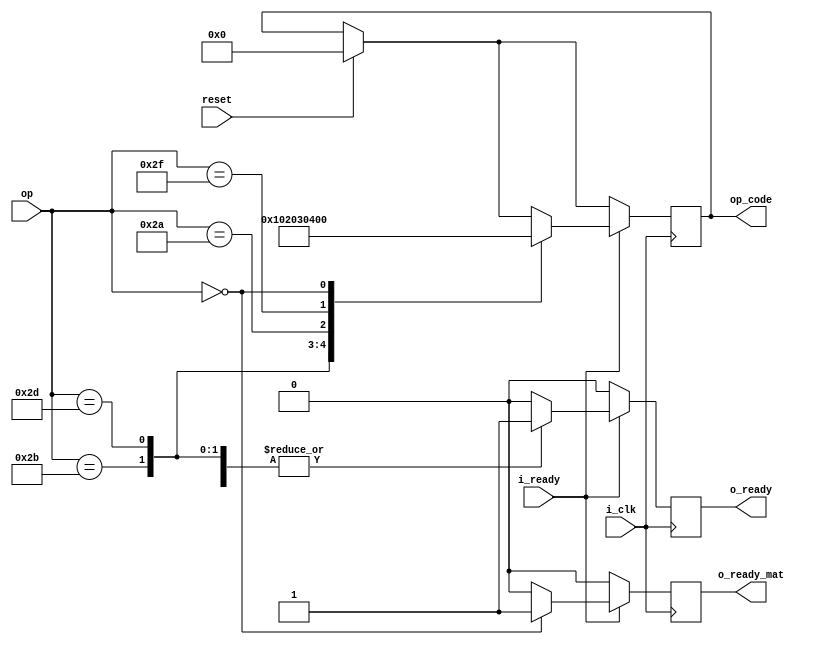
module COMPORATOR

#(parameter plus = 	8'b00101011,
parameter minus = 	8'b00101101,
parameter multiply = 8'b00101010,
parameter divide = 	8'b00101111,

parameter mat_plus = 	8'b00000000,
parameter mat_minus = 	8'b00000000,
parameter mat_cross = 	8'b00000000,
parameter mat_dot = 		8'b00000000,
parameter mat_det = 		8'b00000000,
parameter mat_trans = 	8'b00000000
)	
(
	
	input i_clk,
	input i_ready,
	input [7:0] op,
	input reset,
	
	
	output reg o_ready,
	output reg o_ready_mat,
	output reg [7:0] op_code
);	
	
	always @(posedge i_clk) begin
		o_ready = 0;
		o_ready_mat = 0;
		
		if (reset == 1) begin
			op_code = 0;
			o_ready = 0;
			o_ready_mat = 0;
		end
		
		if (i_ready == 1) begin
			case (op)
			
				plus: begin
					op_code = 8'b000000001;
					o_ready = 1;
				end
				
				minus: begin
					op_code = 8'b000000010;
					o_ready = 1;
				end
				
				multiply: begin
					op_code = 8'b000000011;
					o_ready = 1;
				end
				
				divide: begin
					op_code = 8'b000000100;
					o_ready = 1;
				end
				
				
				
				
				mat_plus: begin
					op_code = 8'b000000000;
					o_ready_mat = 1;
				end
				
				mat_minus: begin
					op_code <= 8'b000000000;
					o_ready_mat = 1;
				end
				
				mat_cross: begin
					op_code <= 8'b000000000;
					o_ready_mat = 1;
				end
				
				mat_dot: begin
					op_code <= 8'b000000000;
					o_ready_mat = 1;
				end
				
				mat_det: begin
					op_code <= 8'b000000000;
					o_ready_mat = 1;
				end
				
				mat_trans: begin
					op_code <= 8'b000000000;
					o_ready_mat = 1;
				end
	
				
			endcase;
		end
	end
endmodule